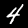
Digit: 4